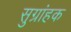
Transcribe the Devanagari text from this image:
सुग्रांहक